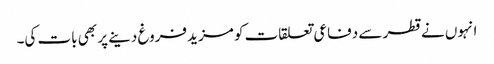
انہوں نے قطر سے دفاعی تعلقات کو مزید فروغ دینے پر بھی بات کی۔